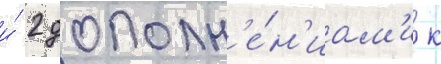
и́ 2 дополн'е́н'иам'и к